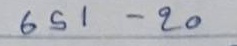
651 - 20